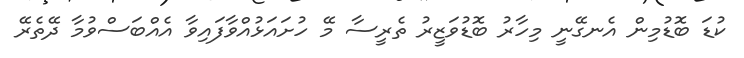
ކުޑަ ބޮޑުމިން އެނގޭނީ މިހާރު ބޮޑުވަޒީރު ތެރީސާ މޭ ހުށައަޅުއްވާފައިވާ އެއްބަސްވުމާ ދޭތެރޭ